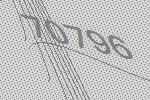
70796